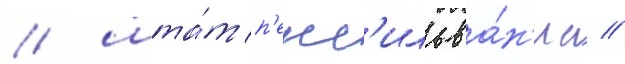
/ шта́т п'енс'ильва́н'иа //